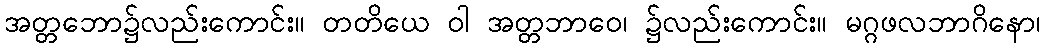
အတ္တဘော၌လည်းကောင်း။ တတိယေ ဝါ အတ္တဘာဝေ၊ ၌လည်းကောင်း။ မဂ္ဂဖလဘာဂိနော၊